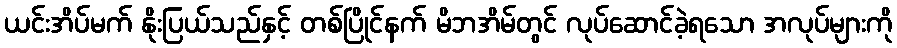
ယင်းအိပ်မက် နိုးပြယ်သည်နှင့် တစ်ပြိုင်နက် မိဘအိမ်တွင် လုပ်ဆောင်ခဲ့ရသော အလုပ်များကို